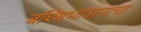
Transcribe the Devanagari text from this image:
बश्बिभावानाचा